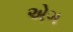
એગ